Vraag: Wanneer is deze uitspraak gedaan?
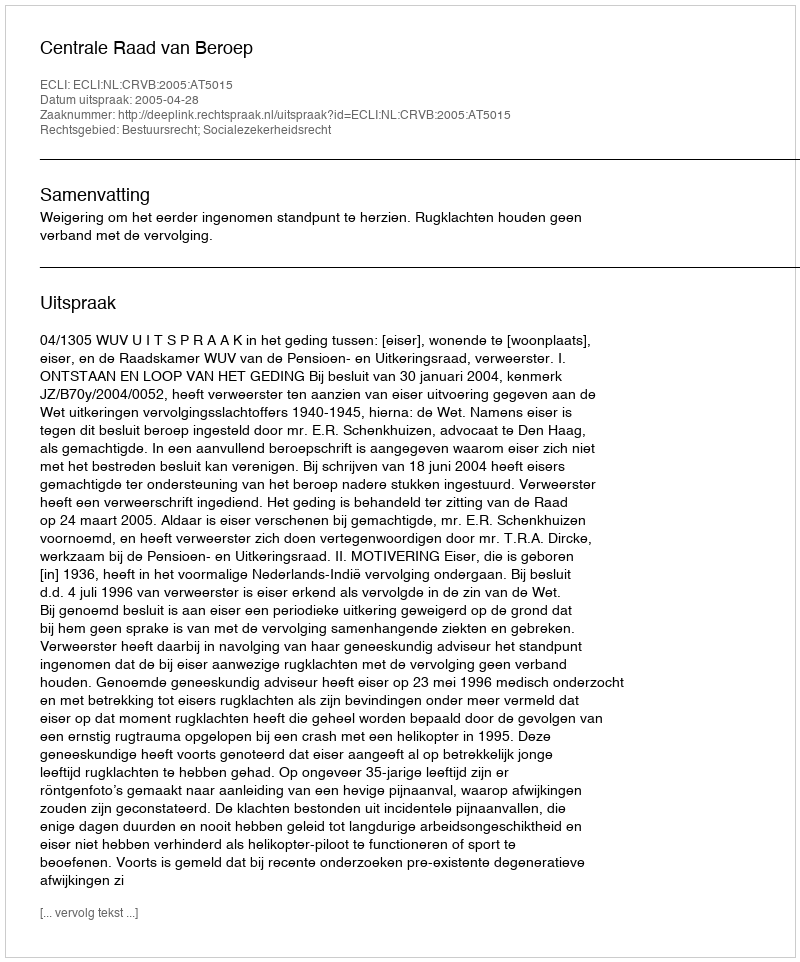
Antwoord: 2005-04-28